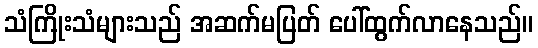
သံကြိုးသံများသည် အဆက်မပြတ် ပေါ်ထွက်လာနေသည်။